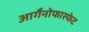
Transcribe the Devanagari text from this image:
आर्गैनोफास्फेट